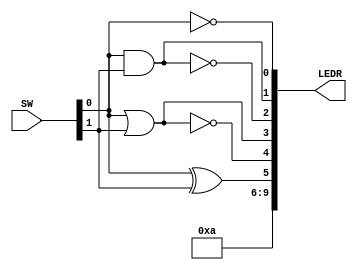
module logic_elements(SW, LEDR);

input   [9:0]   SW;
output  [9:0]   LEDR;

assign LEDR[0] = ~SW[0];

assign LEDR[1] = SW[0] & SW[1];

assign LEDR[2] = ~(SW[0] & SW[1]);

assign LEDR[3] = SW[0] | SW[1];

assign LEDR[4] = ~(SW[0] | SW[1]);

assign LEDR[5] = SW[0] ^ SW[1];

assign LEDR[9:6] = 4'b1010;

endmodule